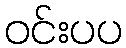
ဝင်းပပ